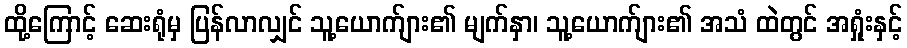
ထို့ကြောင့် ဆေးရုံမှ ပြန်လာလျှင် သူ့ယောက်ျား၏ မျက်နှာ၊ သူ့ယောက်ျား၏ အသံ ထဲတွင် အရှုံးနှင့်